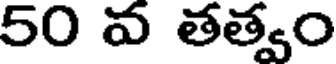
50 వ తత్వం